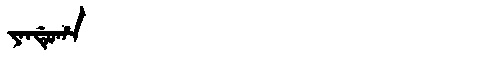
Manchu: ᠶᠠᠨᡩᡠᡥᠠ
Romanization: YANDUHA